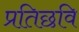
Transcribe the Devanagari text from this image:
प्रतिछवि